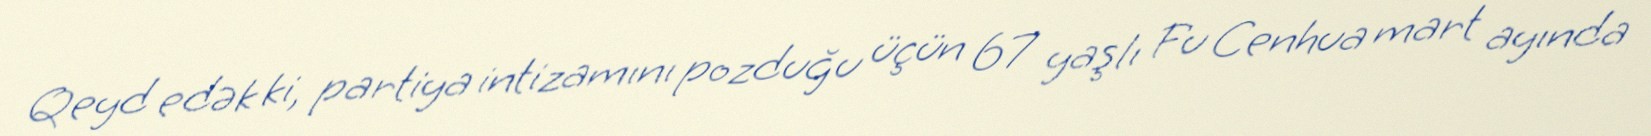
Qeyd edək ki, partiya intizamını pozduğu üçün 67 yaşlı Fu Cenhua mart ayında